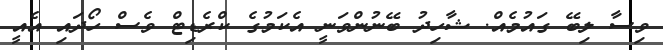
ވިސާ ލިބޭ ގައުމެއް. ޝާހިދު ބޭނުންވަނީ އެކަމުގެ ކްރެޑިޓް ވެސް ހޯދައި އެއީ